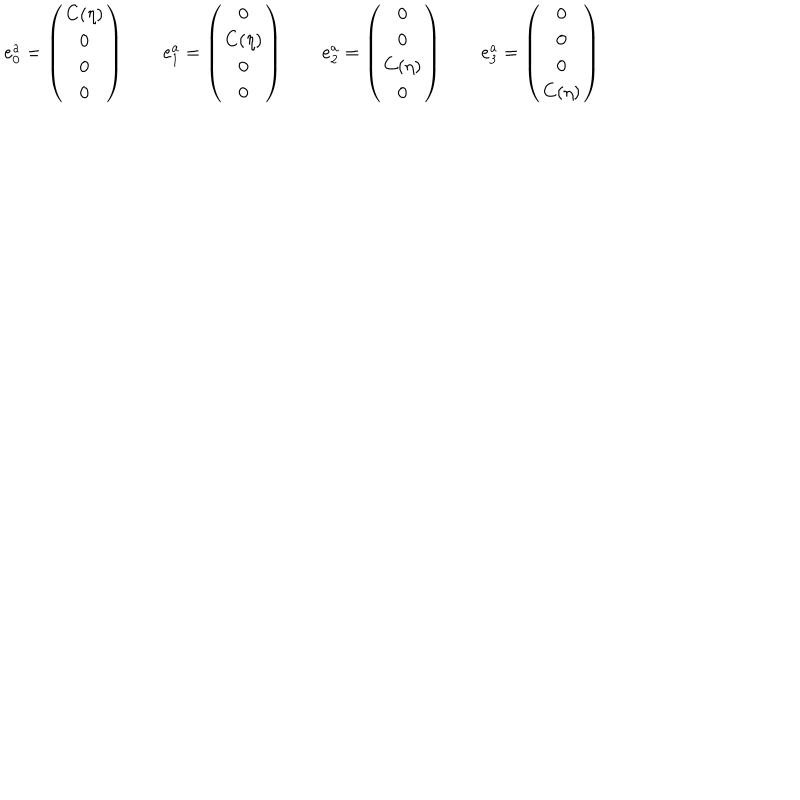
LaTeX: e _ { 0 } ^ { a } = \left( \begin{array} { c } { { C ( \eta ) } } \\ { { 0 } } \\ { { 0 } } \\ { { 0 } } \\ \end{array} \right) \qquad e _ { 1 } ^ { a } = \left( \begin{array} { c } { { 0 } } \\ { { C ( \eta ) } } \\ { { 0 } } \\ { { 0 } } \\ \end{array} \right) \qquad e _ { 2 } ^ { a } = \left( \begin{array} { c } { { 0 } } \\ { { 0 } } \\ { { C ( \eta ) } } \\ { { 0 } } \\ \end{array} \right) \qquad e _ { 3 } ^ { a } = \left( \begin{array} { c } { { 0 } } \\ { { 0 } } \\ { { 0 } } \\ { { C ( \eta ) } } \\ \end{array} \right)